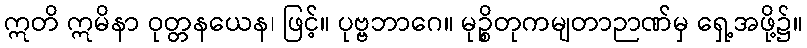
ဣတိ ဣမိနာ ဝုတ္တနယေန၊ ဖြင့်။ ပုဗ္ဗဘာဂေ။ မုဉ္စိတုကမျတာဉာဏ်မှ ရှေ့အဖို့၌။